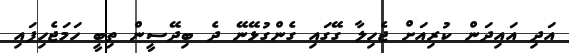
އަދި އައިދަން ކުރިއަށް ޖެހިލާ ގޭގައި ގެންގުޅޭނޭ ދެ ބިދޭސީން ތިބީ ހަމަޖެހިފައި